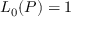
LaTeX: L _ { 0 } ( P ) = 1